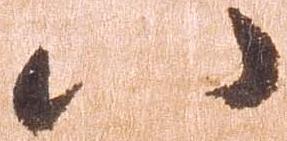
八